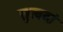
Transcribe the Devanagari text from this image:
सुखदां